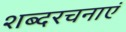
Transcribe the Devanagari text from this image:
शब्दरचनाएं